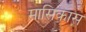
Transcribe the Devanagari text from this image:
मासिकास